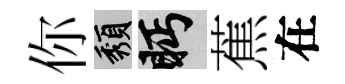
你頽眄蕉在